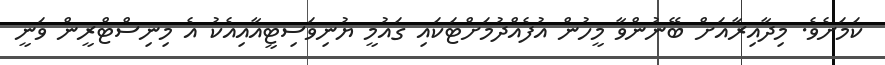
ކަމަށެވެ. މިދާއިރާއަށް ބޭނުންވާ މީހުން އުފެއްދުމަށްޓަކައި ގައުމީ ޔުނިވަސިޓީއާއިއެކު އެ މިނިސްޓްރީން ވަނީ